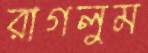
রাগলুম